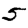
Digit: 5